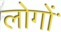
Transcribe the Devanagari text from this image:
लोगोंॱ